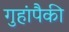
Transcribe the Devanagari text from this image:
गुहांपैकी